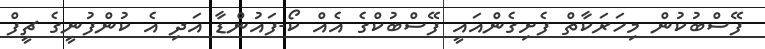
ފޭސްބުކުން މިހަރަކާތް ފެށިގެންއައީ ފޭސްބުކްގެ އެއް ކޯ-ފައުންޑާ އަދި އެ ކުންފުނީގެ ޗީފް